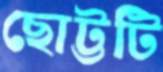
ছোট্টটি